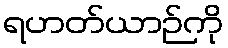
ရဟတ်ယာဉ်ကို